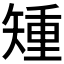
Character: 𥏱